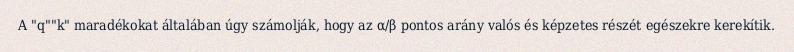
A "q""k" maradékokat általában úgy számolják, hogy az α/β pontos arány valós és képzetes részét egészekre kerekítik.